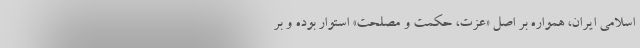
اسلامی ایران، همواره بر اصل «عزت، حکمت و مصلحت» استوار بوده و بر